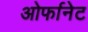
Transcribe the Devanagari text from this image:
ओर्फानेट